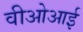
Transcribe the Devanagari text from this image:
वीओआई